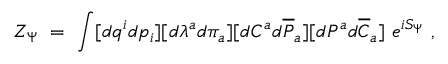
{ \cal Z } _ { \Psi } ~ = ~ \int [ d q ^ { i } d p _ { i } ] [ d \lambda ^ { a } d \pi _ { a } ] [ d { \cal C } ^ { a } d { \overline { { { \cal P } } } } _ { a } ] [ d { \cal P } ^ { a } d { \overline { { { \cal C } } } } _ { a } ] ~ e ^ { i S _ { \Psi } } ~ ,